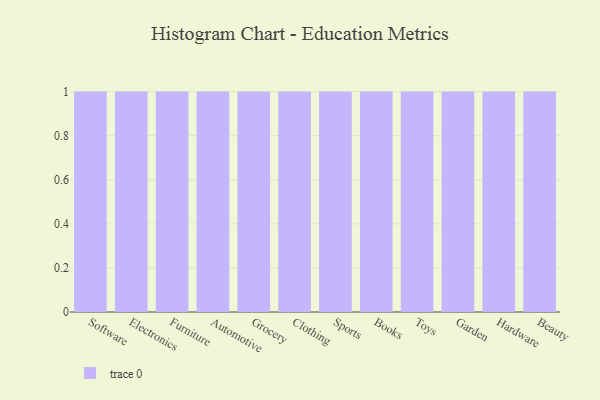
{"axis": {"x": "Category", "y": "Churn Rate (%)"}, "legend": [""], "data": [{"x": "Software", "y": 93, "type": ""}, {"x": "Electronics", "y": 1, "type": ""}, {"x": "Furniture", "y": 92, "type": ""}, {"x": "Automotive", "y": 80, "type": ""}, {"x": "Grocery", "y": 48, "type": ""}, {"x": "Clothing", "y": 85, "type": ""}, {"x": "Sports", "y": 20, "type": ""}, {"x": "Books", "y": 62, "type": ""}, {"x": "Toys", "y": 8, "type": ""}, {"x": "Garden", "y": 80, "type": ""}, {"x": "Hardware", "y": 10, "type": ""}, {"x": "Beauty", "y": 90, "type": ""}]}